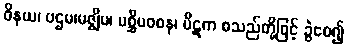
ဝိနယ၊ ပဌမ၊မဇ္ဈိမ၊ ပစ္ဆိမဝစန၊ ပိဋက စသည်တို့ဖြင့် ခွဲဝေ၍